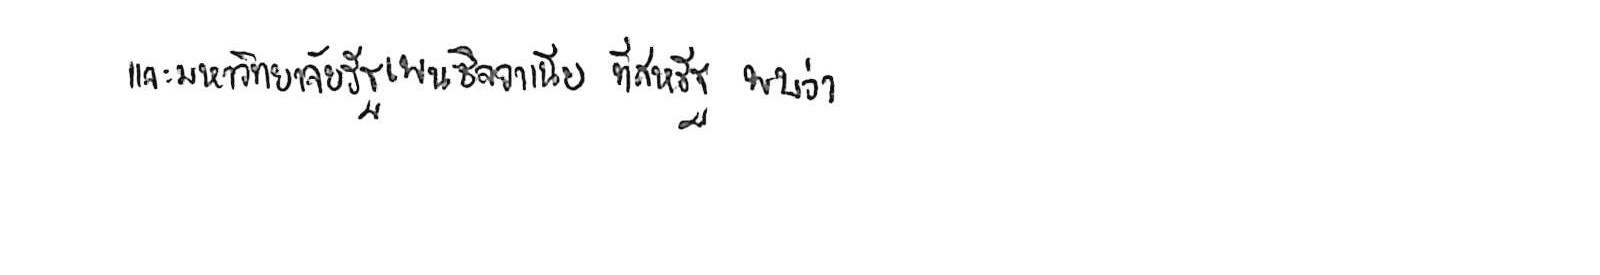
และมหาวิทยาลัยรัฐเพนซิลวาเนีย ที่สหรัฐ พบว่า